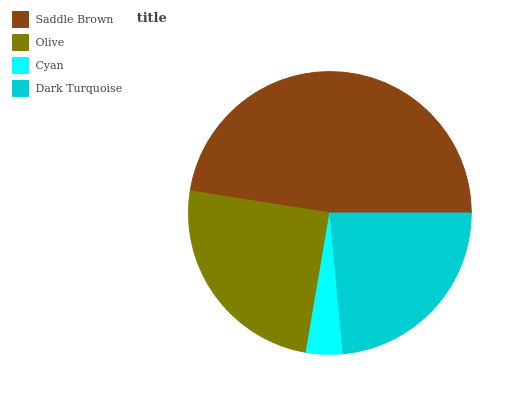
| Saddle Brown | Olive | Cyan | Dark Turquoise |
 | --- | --- | --- | --- |
 | 47.4% | 24.8% | 4.17% | 23.6% |